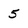
Character: 5